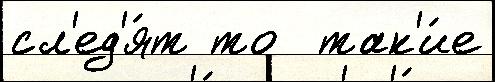
сл'ед'я́т то  так'и́е